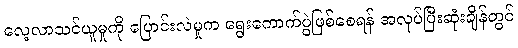
လေ့လာသင်ယူမှုကို ပြောင်းလဲမှုက ရွေးကောက်ပွဲဖြစ်စေရန် အလုပ်ပြီးဆုံးချိန်တွင်